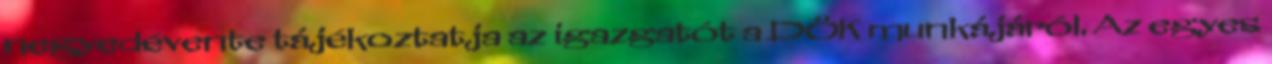
negyedévente tájékoztatja az igazgatót a DÖK munkájáról. Az egyes